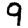
Digit: 9